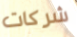
شركات